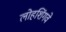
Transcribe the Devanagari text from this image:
लोहशिंगवे